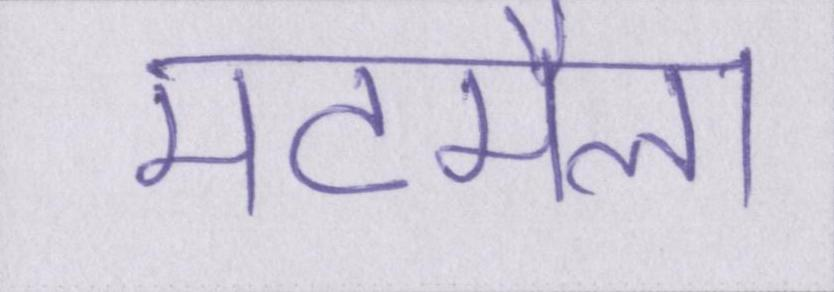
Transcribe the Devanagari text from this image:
मटमैला